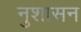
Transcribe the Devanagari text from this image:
नुशासन